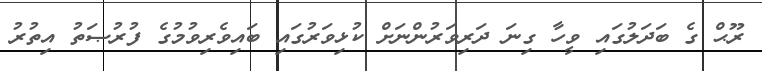
ރޫޙް ގެ ބަދަލުގައި ވީހާ ގިނަ ދަރިވަރުންނަށް ކުޅިވަރުގައި ބައިވެރިވުމުގެ ފުރުޞަތު އިތުރު